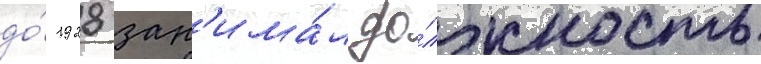
до́ 1928 зан'има́л до́лжность